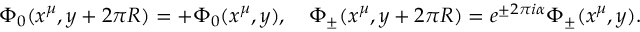
\Phi _ { 0 } ( x ^ { \mu } , y + 2 \pi R ) = + \Phi _ { 0 } ( x ^ { \mu } , y ) , \quad \Phi _ { \pm } ( x ^ { \mu } , y + 2 \pi R ) = e ^ { \pm 2 \pi i \alpha } \Phi _ { \pm } ( x ^ { \mu } , y ) .